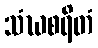
သံဃစရိတံ